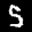
Label: 5